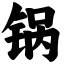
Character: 锅